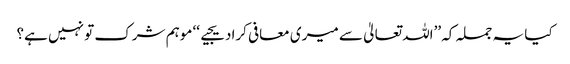
کیا یہ جملہ کہ ’’اللہ تعالیٰ سے میری معافی کرادیجیے‘‘ موہم شرک تو نہیں ہے؟